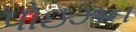
પોઇઝન